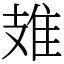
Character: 䧴